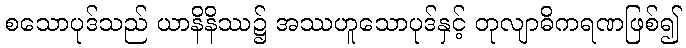
စသောပုဒ်သည် ယာနိနိဿ၌ အဿဟူသောပုဒ်နှင့် တုလျာဓိကရဏဖြစ်၍